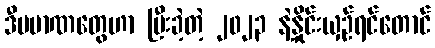
ဒီပမာဏတွေဟာ ပြီးခဲ့တဲ့ ၂၀၂၃ နဲ့နှိုင်းယှဉ်ရင်တောင်